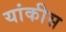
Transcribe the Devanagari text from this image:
यांकीस